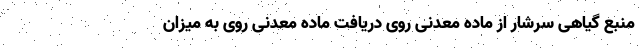
منبع گیاهی سرشار از ماده معدنی روی دریافت ماده معدنی روی به میزان